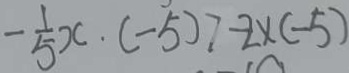
- \frac { 1 } { 5 } x \cdot ( - 5 ) > - 2 \times ( - 5 )